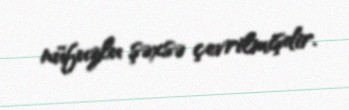
nüfuzlu şəxsə çevrilmişdir.